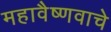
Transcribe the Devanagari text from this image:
महावैष्णवाचे